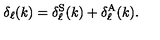
\delta _ { \ell } ( k ) = \delta _ { \ell } ^ { \mathrm { S } } ( k ) + \delta _ { \ell } ^ { \mathrm { A } } ( k ) .